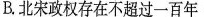
B.北宋政权存在不超过一百年